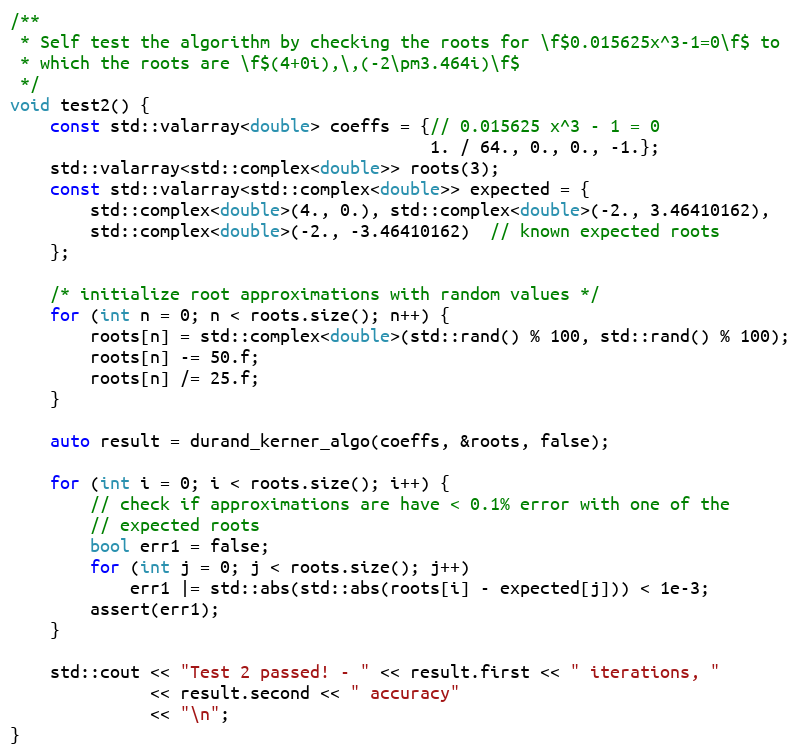
Language: C++
/**
 * Self test the algorithm by checking the roots for \f$0.015625x^3-1=0\f$ to
 * which the roots are \f$(4+0i),\,(-2\pm3.464i)\f$
 */
void test2() {
    const std::valarray<double> coeffs = {// 0.015625 x^3 - 1 = 0
                                          1. / 64., 0., 0., -1.};
    std::valarray<std::complex<double>> roots(3);
    const std::valarray<std::complex<double>> expected = {
        std::complex<double>(4., 0.), std::complex<double>(-2., 3.46410162),
        std::complex<double>(-2., -3.46410162)  // known expected roots
    };

    /* initialize root approximations with random values */
    for (int n = 0; n < roots.size(); n++) {
        roots[n] = std::complex<double>(std::rand() % 100, std::rand() % 100);
        roots[n] -= 50.f;
        roots[n] /= 25.f;
    }

    auto result = durand_kerner_algo(coeffs, &roots, false);

    for (int i = 0; i < roots.size(); i++) {
        // check if approximations are have < 0.1% error with one of the
        // expected roots
        bool err1 = false;
        for (int j = 0; j < roots.size(); j++)
            err1 |= std::abs(std::abs(roots[i] - expected[j])) < 1e-3;
        assert(err1);
    }

    std::cout << "Test 2 passed! - " << result.first << " iterations, "
              << result.second << " accuracy"
              << "\n";
}